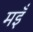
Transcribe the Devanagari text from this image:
मइँ